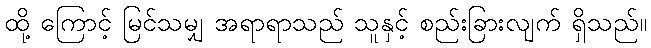
ထို့ ကြောင့် မြင်သမျှ အရာရာသည် သူနှင့် စည်းခြားလျက် ရှိသည်။